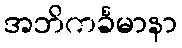
အဘိကင်္ခမာနာ